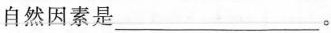
自然因素是___。